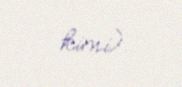
kimi).